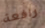
رافعة